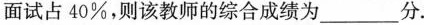
面试占40%，则该教师的综合成绩为___分.